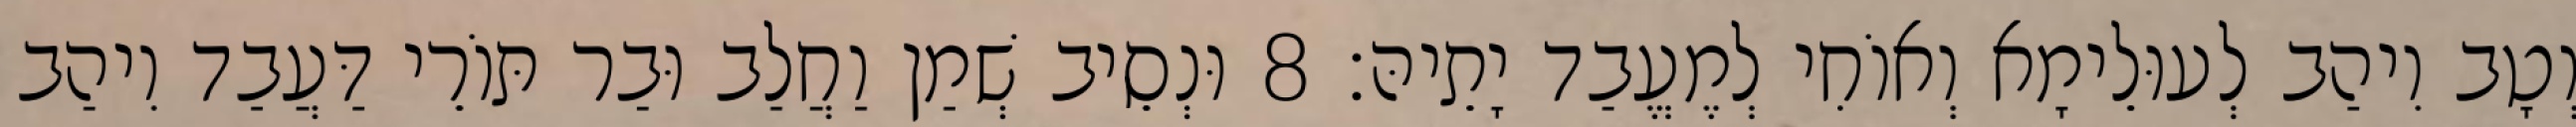
וְטָב וִיהַב לְעוּלֵימָא וְאוֹחִי לְמֶעֱבַד יָתֵיהּ׃ 8 וּנְסֵיב שְׁמַן וַחֲלַב וּבַר תּוֹרֵי דַּעֲבַד וִיהַב